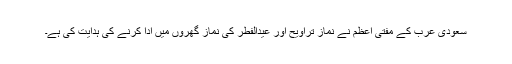
سعودی عرب کے مفتیِ اعظم نے نماز تراویح اور عیدالفطر کی نماز گھروں میں ادا کرنے کی ہدایت کی ہے۔